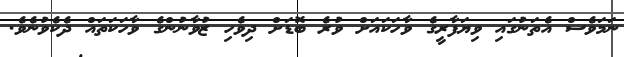
ނަމަވެސް އެތަނުގައި ވިޔަފާރީގެ ވާހަކައަށް ވުރެ ބޮޑަށް ދިވެހި ޒުވާނުންގެ ވާހަކަތައް ދެކެވުނެވެ.